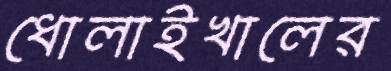
ধোলাইখালের